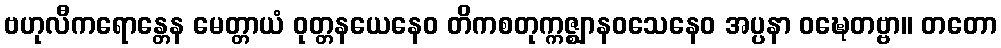
ဗဟုလီကရောန္တေန မေတ္တာယံ ဝုတ္တနယေနေဝ တိကစတုက္ကဇ္ဈာနဝသေနေဝ အပ္ပနာ ဝဍ္ဎေတဗ္ဗာ။ တတော